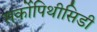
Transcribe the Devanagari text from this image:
सर्कोपिथीसिडी